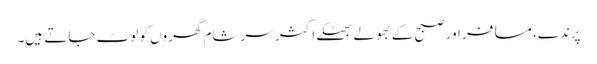
پرندے، مسافر اور صبح کے بھولے بھٹکے اکثر سرِشام گھروں کو لوٹ جاتے ہیں۔